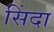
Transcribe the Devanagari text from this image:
सिंदा